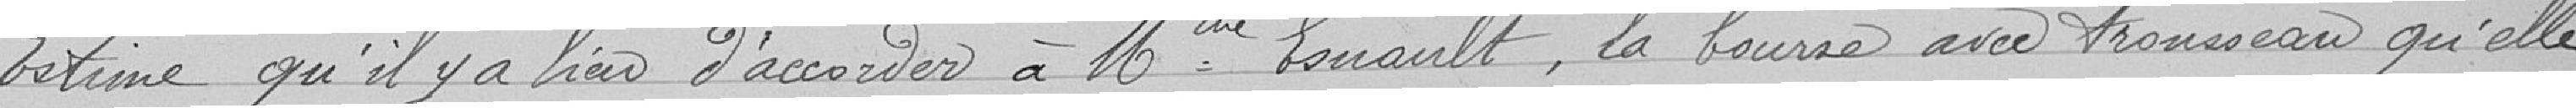
Estime qu'il y a lieu d'accorder à Madame Esnault, la bourse avec trousseau qu'elle